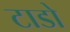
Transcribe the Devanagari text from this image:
टाडो